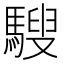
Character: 騪